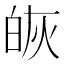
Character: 𭽔